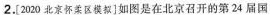
2[2020北京怀柔区模拟]如图是在北京召开的第24届国